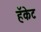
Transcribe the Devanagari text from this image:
हॅकेट